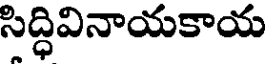
సిద్ధివినాయకాయ